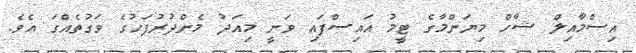
އިސްމާއިލް ޝާހް މިޔަންމާގެ ޓީމު އައިސްފައި ވަނީ މިއަދު މެންދުރުފަހުގެ ވަގުތެއްގަ އެވެ.